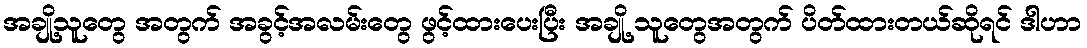
အချို့သူတွေ အတွက် အခွင့်အလမ်းတွေ ဖွင့်ထားပေးပြီး အချို့ သူတွေအတွက် ပိတ်ထားတယ်ဆိုရင် ဒါဟာ